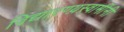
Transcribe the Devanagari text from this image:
विद्यारण्य़स्वामींनी